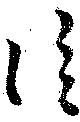
信